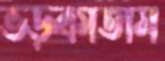
ভড়্‌কাতাম